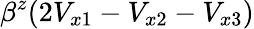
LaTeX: \beta^{z}(2V_{x1}-V_{x2}-V_{x3})